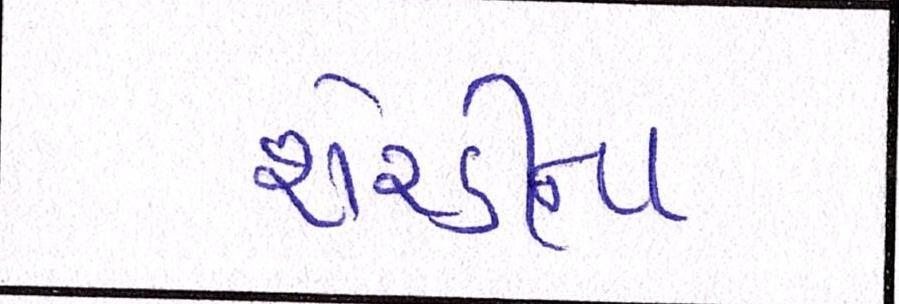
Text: શેરડીના